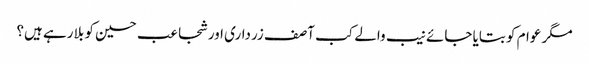
مگر عوام کو بتایا جائے نیب والے کب آصف زرداری اور شجاعب حسین کو بلا رہے ہیں؟